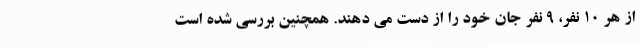
از هر ۱۰ نفر، ۹ نفر جان خود را از دست می دهند. همچنین بررسی شده است